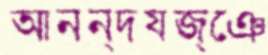
আনন্দযজ্ঞে